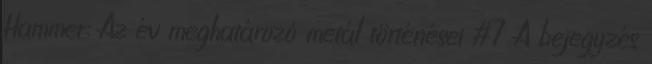
Hammer: Az év meghatározó metál történései #7 A bejegyzés